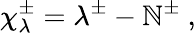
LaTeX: {\chi}_{\lambda}^{\pm}=\lambda^{\pm}-\mathbb{N}^{\pm}~,